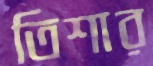
তিশার